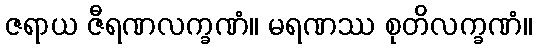
ဇရာယ ဇီရဏလက္ခဏံ။ မရဏဿ စုတိလက္ခဏံ။